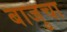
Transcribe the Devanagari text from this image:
बाजुचा